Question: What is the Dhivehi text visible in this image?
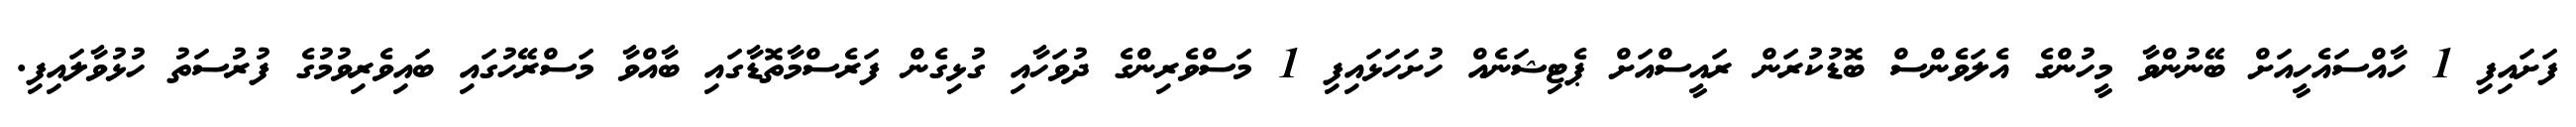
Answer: ފަށައިފި 1 ހާއްސައެހީއަށް ބޭނުންވާ މީހުންގެ އެލަވެންސް ބޮޑުކުރަން ރައީސްއަށް ޕެޓިޝަނެއް ހުށަހަޅައިފި 1 މަސްވެރިންގެ ދުވަހާއި ގުޅިގެން ފަރެސްމާތޮޑާގައި ބާއްވާ މަސްރޭހުގައި ބައިވެރިވުމުގެ ފުރުސަތު ހުޅުވާލައިފި.